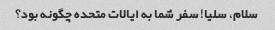
سلام، سلیا! سفر شما به ایالات متحده چگونه بود؟